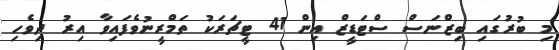
މި ބުރުގައި ބިޒްނަސް ސްޓަޑީޒް އިން 41 ޓީޗަރަކު ތަމްރީނުވެފައިވާ އިރު ދިވެހި